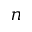
n